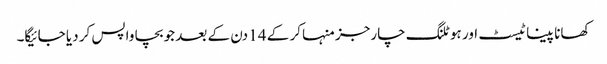
کھانا پینا ٹیسٹ اور ہوٹلنگ چارجز منہا کر کے 14 دن کے بعد جو بچا واپس کر دیا جائیگا۔